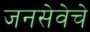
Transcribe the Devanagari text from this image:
जनसेवेचे